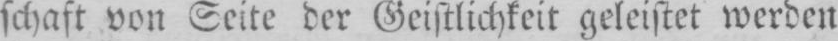
schaft von Seite der Geistlichkeit geleistet werden